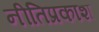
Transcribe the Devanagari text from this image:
नीतिप्रकाश